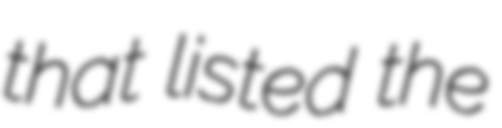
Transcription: that listed the